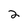
Character: 2